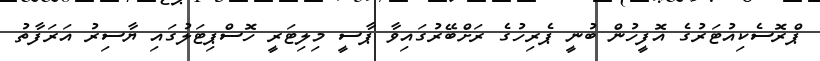
ޕްރޮސެކިއުޓަރުގެ އޮފީހުން ބުނީ ޕެރިހުގެ ރަށްބޭރުގައިވާ ޕާސީ މިލިޓަރީ ހޮސްޕިޓަލުގައި ޔާސިރު އަރަފާތު